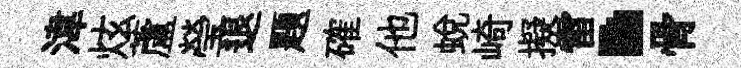
湋炫蘆瑩退題確他蛻崎擬雷·骨